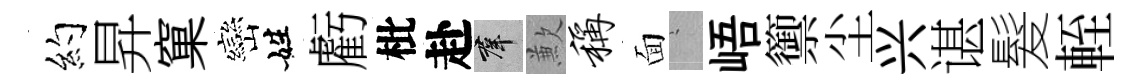
约昇窠巒姓虧枇赴群歉称面搖峿籞尘兴谌髮輊